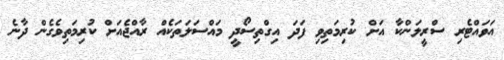
އަވައްޓެރި ސްރީލަންކާ އަށް ކުރިމަތިވި ފަދަ އިގްތިސޯދީ މައްސަލަތަކެއް ރާއްޖެއަށް ކުރިމަތިވެގެން ދާނެ